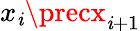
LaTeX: x_{\mathit{i}}\precx_{\mathit{i}+1}